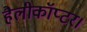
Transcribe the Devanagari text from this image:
हैलीकॉप्टर।